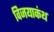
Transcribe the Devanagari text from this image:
विजयाकंथ